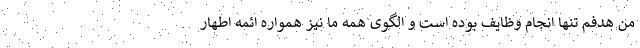
من هدفم تنها انجام وظایف بوده است و الگوی همه ما نیز همواره ائمه اطهار